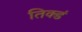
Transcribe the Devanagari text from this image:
तिक्डं